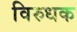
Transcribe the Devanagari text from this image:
विरुधक